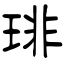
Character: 琲